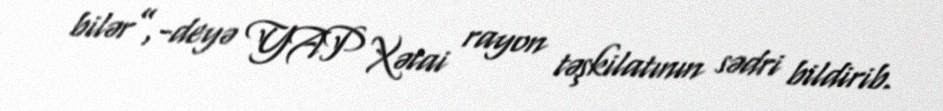
bilər”,-deyə YAP Xətai rayon təşkilatının sədri bildirib.